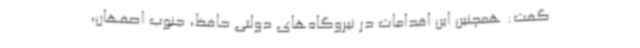
گفت‌:‌ همچنین این اقدامات در نیروگاه‌های دولتی حافظ، جنوب اصفهان،